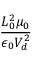
\frac { L _ { 0 } ^ { 2 } \mu _ { 0 } } { \epsilon _ { 0 } V _ { d } ^ { 2 } }